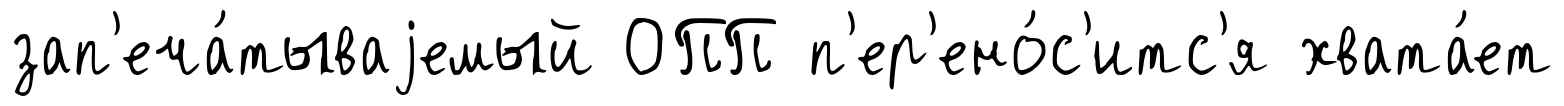
зап'еча́тываjемый ОПП п'ер'ено́с'итс'я хвата́ет